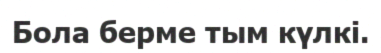
Бола берме тым күлкі.